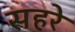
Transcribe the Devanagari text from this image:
सहरे